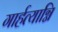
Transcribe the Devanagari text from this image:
गार्हत्याग्नि